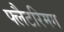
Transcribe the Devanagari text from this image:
फ्लैटरिमग